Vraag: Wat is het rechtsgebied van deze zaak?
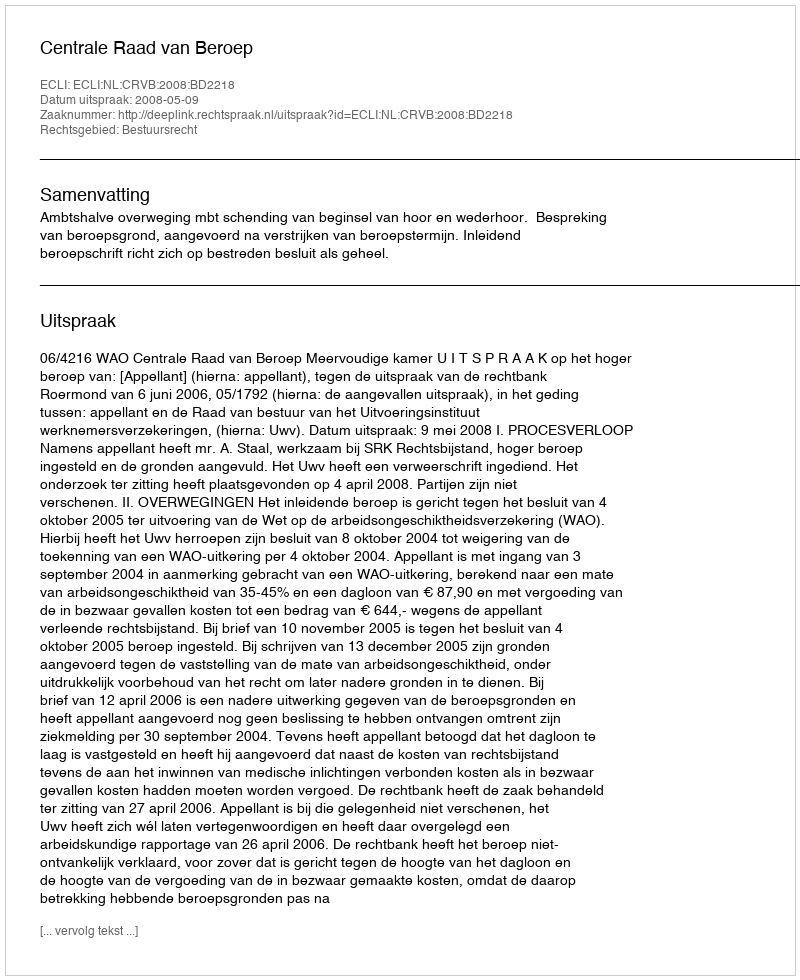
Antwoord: Bestuursrecht